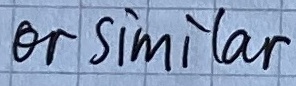
Text: or similar